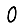
Digit: 0